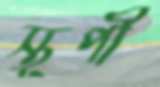
স্তূপী